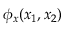
\phi _ { x } ( x _ { 1 } , x _ { 2 } )